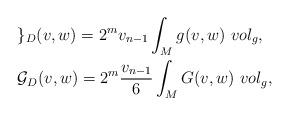
LaTeX: \begin{align*}\begin{aligned}& \mathcal{g}_{D}(v,w) = 2^{m} v_{n-1} \int _{M} g(v,w)~vol_{g},\\& \mathcal{G}_{D}(v,w) = 2^{m} \frac{v_{n-1}}{6} \int _{M} G(v,w)~vol_{g},\end{aligned}\end{align*}